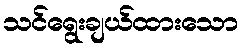
သင်ရွေးချယ်ထားသော